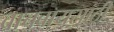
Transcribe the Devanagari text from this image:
वाचवायसाठी